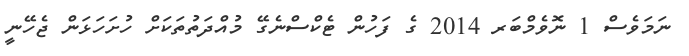
ނަމަވެސް 1 ނޮވެމްބަރ 2014 ގެ ފަހުން ޓެކްސްނެގޭ މުއްދަތުތަކަށް ހުށަހަޅަން ޖެހޭނީ